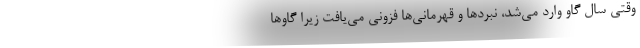
وقتی سال گاو وارد می‌شد، نبردها و قهرمانی‌ها فزونی می‌یافت زیرا گاوها